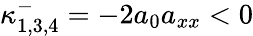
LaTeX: \kappa_{1,3,4}^{-}=-2a_{0}a_{xx}<0